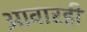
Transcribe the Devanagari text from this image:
आवारही